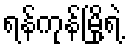
ရန်ကုန်မြို့ရဲ့